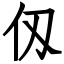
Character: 仭